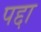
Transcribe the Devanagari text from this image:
पद्दा